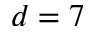
{ d = 7 }